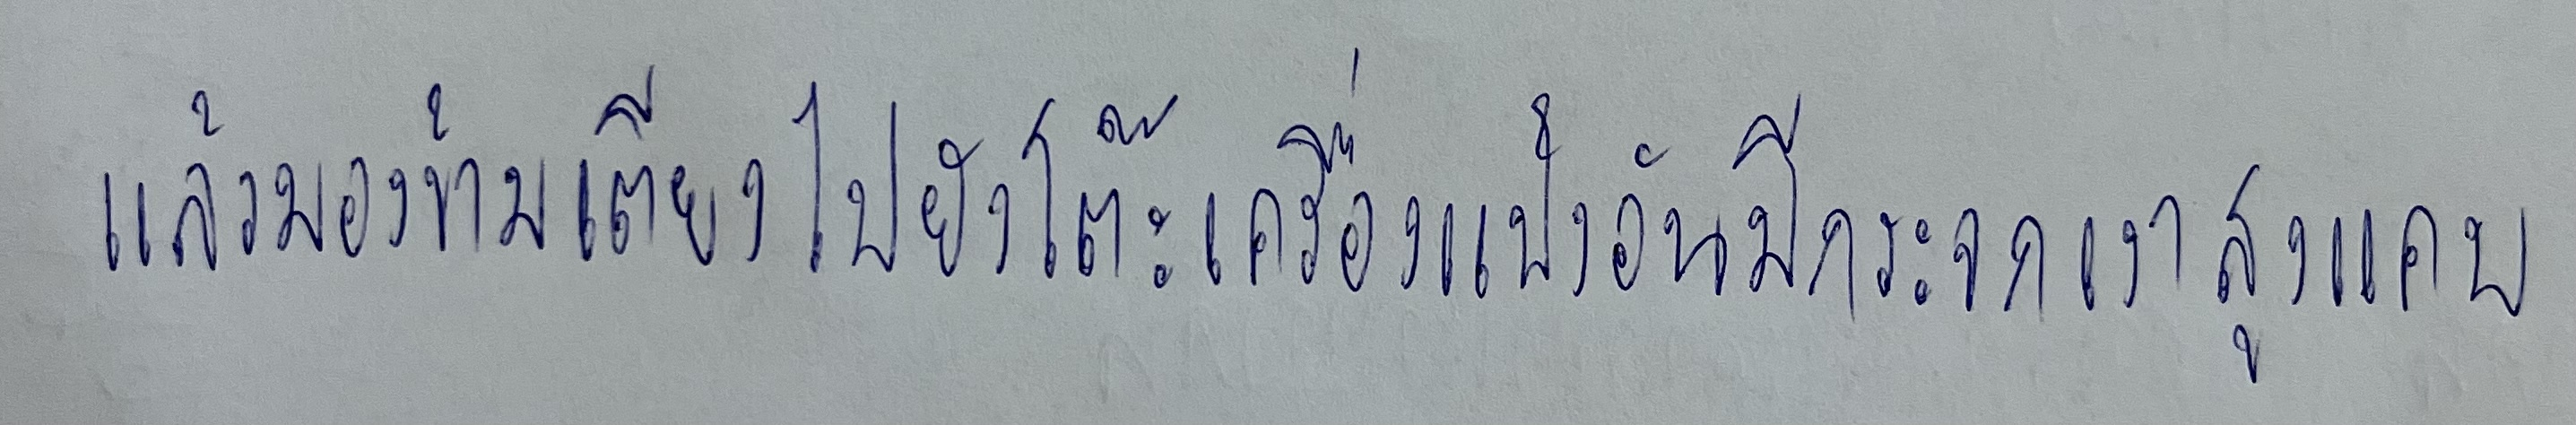
แล้วมองข้ามเตียงไปยังโต๊ะเครื่องแป้งอันมีกระจกเงาสูงแคบ